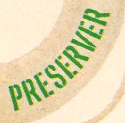
PRESERVER